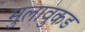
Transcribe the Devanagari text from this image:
मुलावुकड